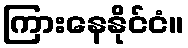
ကြားနေနိုင်ငံ။